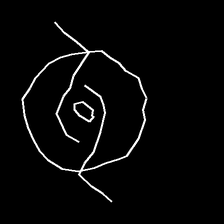
Glyph: repetition